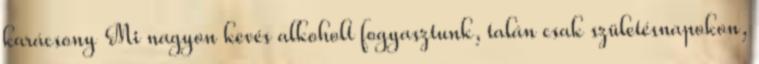
karácsony Mi nagyon kevés alkoholt fogyasztunk, talán csak születésnapokon,